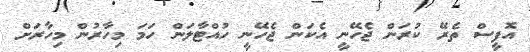
އޮފީސް ތެރޭ ކުރަން ޖެހޭނީ އެކަން ޖެހޭނީ ހުއްޓާލަން ހަމަ މިހާރުން މިހާރަށް